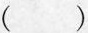
()